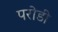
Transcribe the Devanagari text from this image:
परोडी